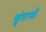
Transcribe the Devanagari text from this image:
श्रृंगाभों